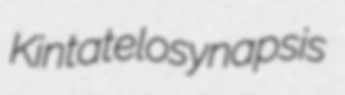
Kinta telosynapsis